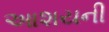
આશયની